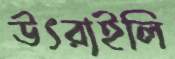
উৎরাইলি